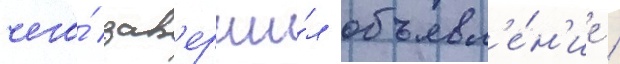
чего́ зав'ерши́л объявл'е́н'ие /